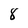
Character: 8